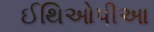
ઈથિઓપીઆ